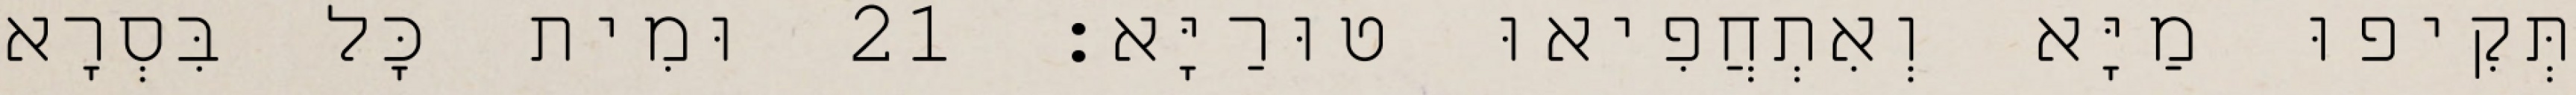
תְּקִיפוּ מַיָּא וְאִתְחֲפִיאוּ טוּרַיָּא׃ 21 וּמִית כָּל בִּסְרָא